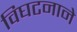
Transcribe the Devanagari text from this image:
विघटनाने